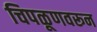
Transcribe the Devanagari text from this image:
चिपळूणवरून